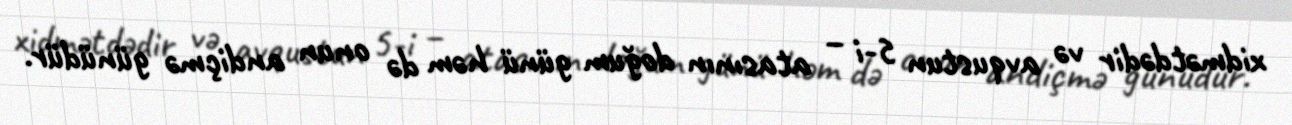
xidmətdədir və avqustun 5-i – atasının doğum günü həm də onun andiçmə günüdür.